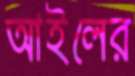
আইলের